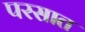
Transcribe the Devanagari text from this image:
परसात